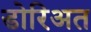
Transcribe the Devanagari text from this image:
डोरिअत